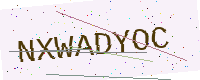
Text: NXWADYOC